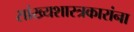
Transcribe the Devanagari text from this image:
सांख्यशास्त्रकारांना